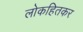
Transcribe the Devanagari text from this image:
लोकहितकर